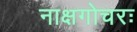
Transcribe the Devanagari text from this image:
नाक्षगोचरः